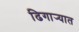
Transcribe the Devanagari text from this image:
ढिगार्‍यात